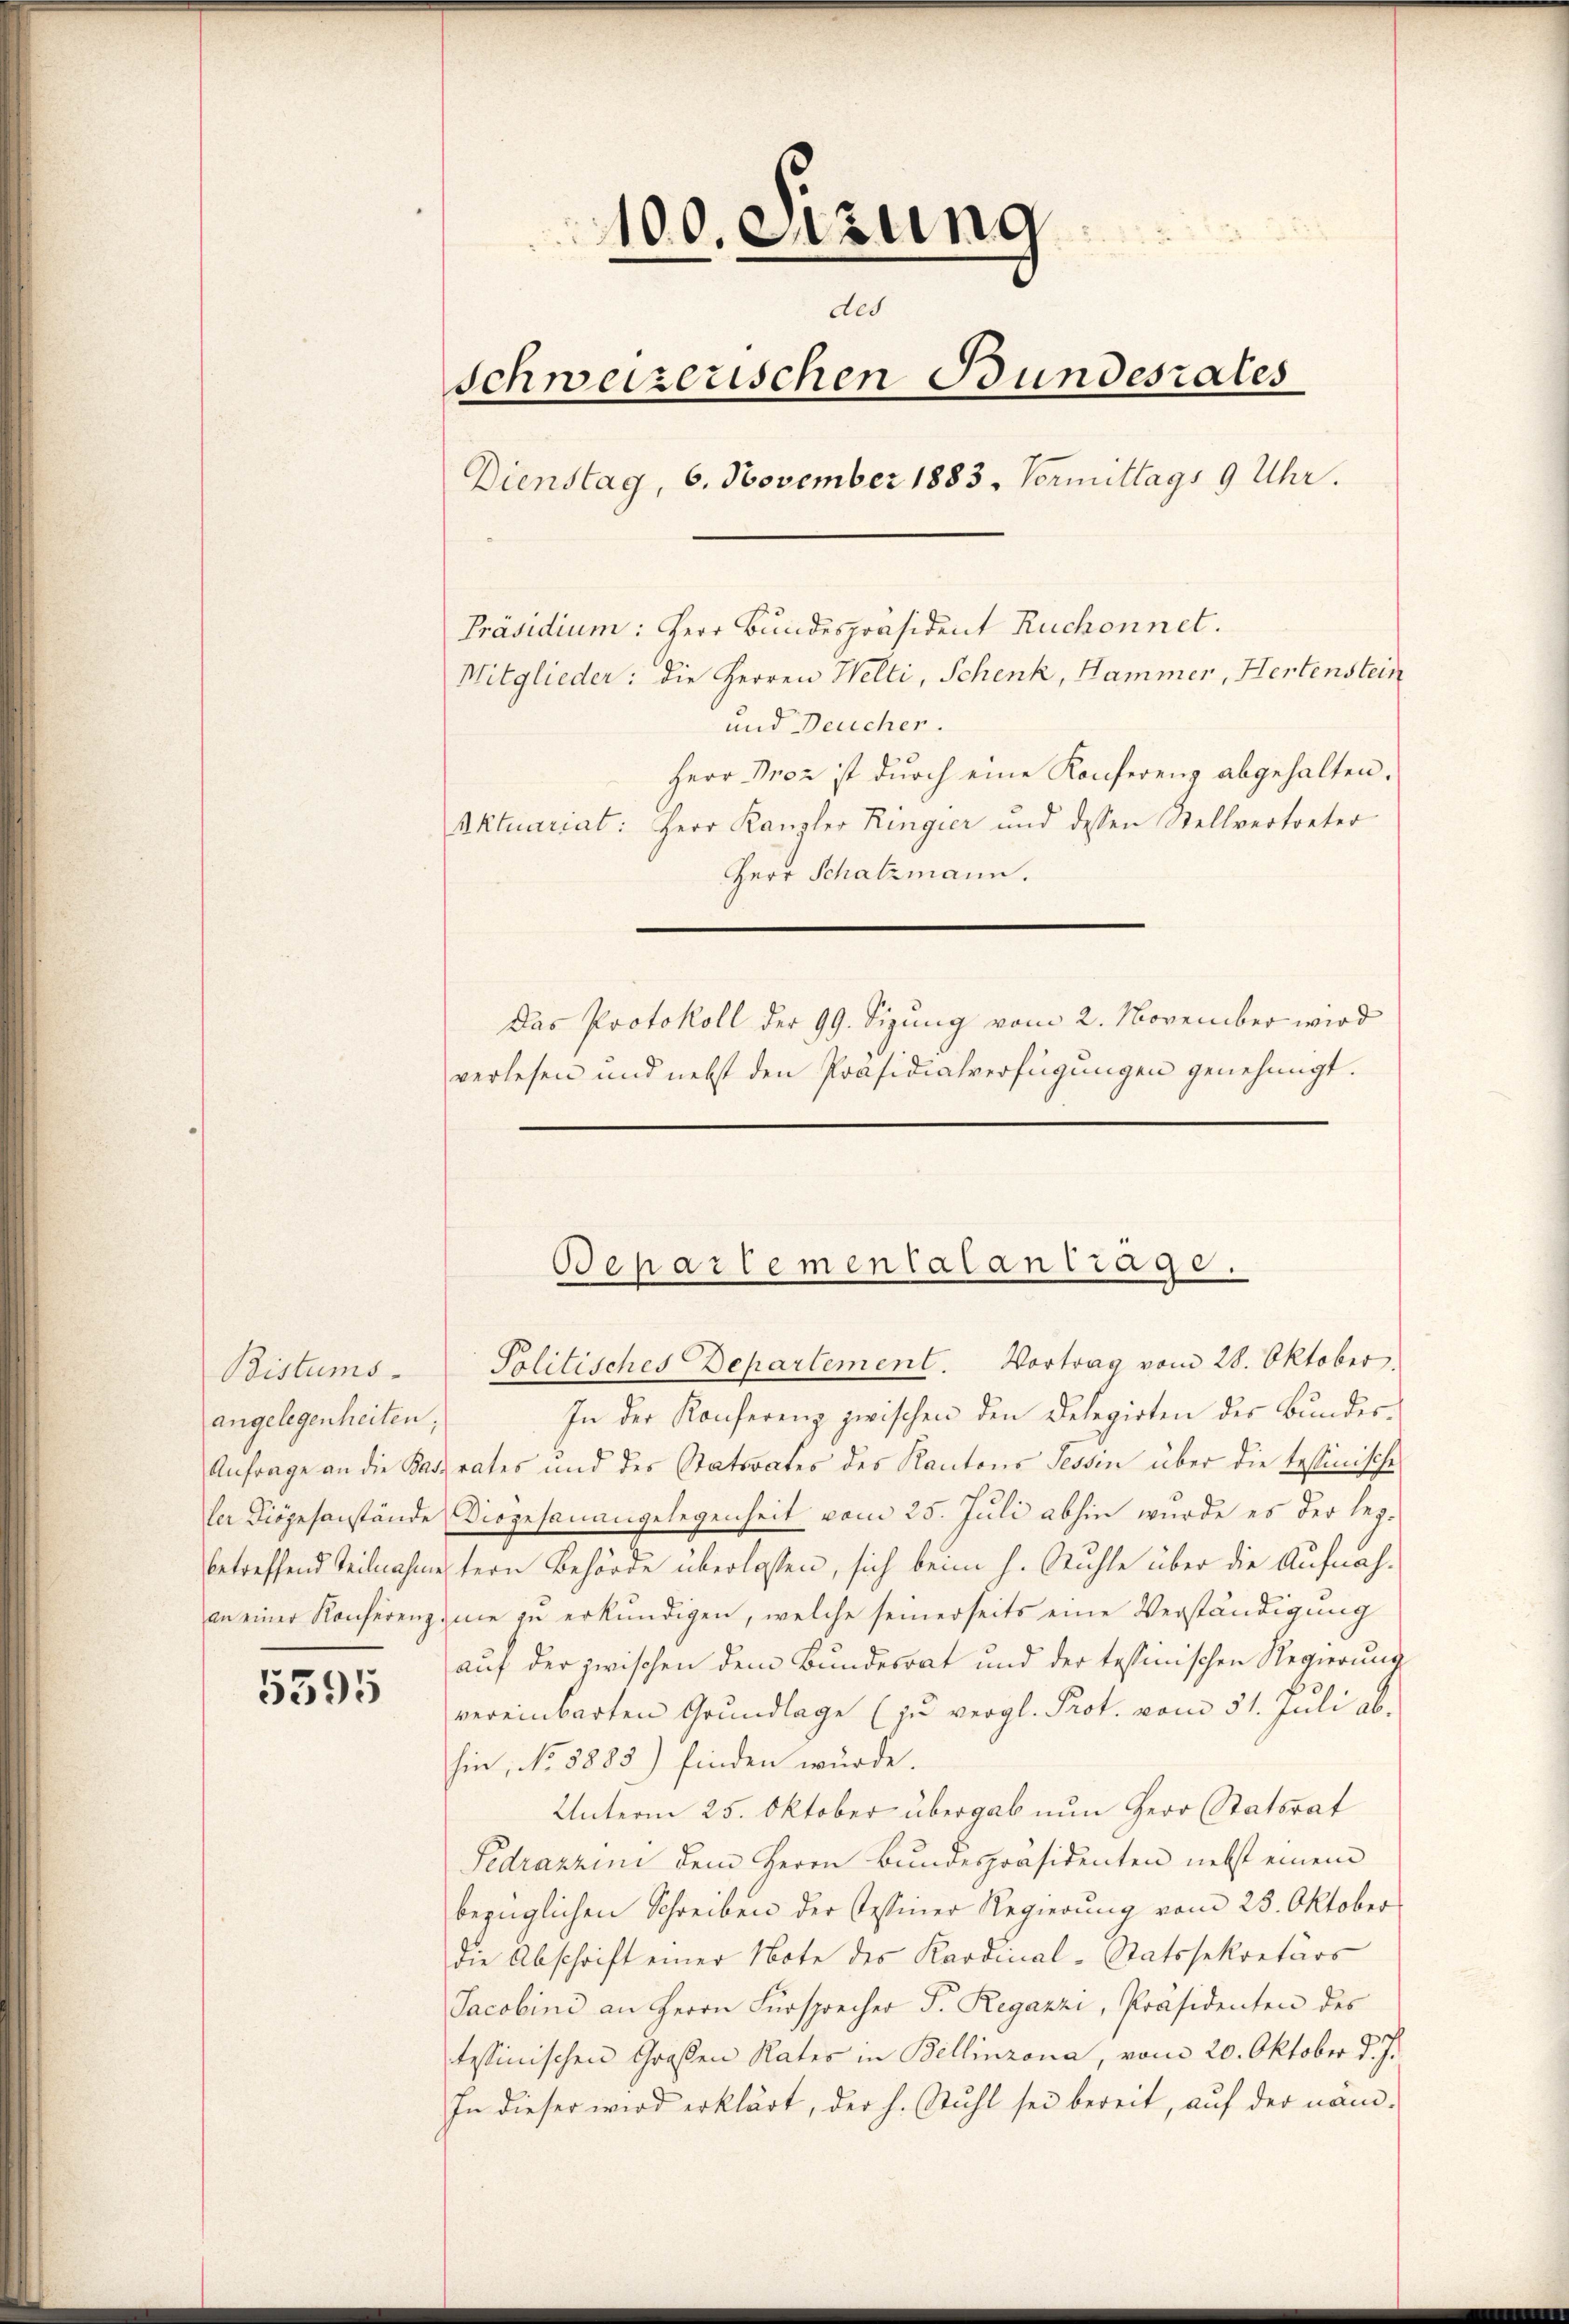
Bistums.
angelegenheiten.

5395

100. Sizung
des
Schweizerischen Bundesrates
Dienstag, 6. November 1883. Vormittags 9 Uhr.
Präsidium: Herr Bundespräsident Ruchonnet.
Mitglieder: die Herren Welti, Schenk, Hammer, Hertenstein
und Deucher.
Herr Boz ist durch eine Konferenz abgehalten.
Aktuariat: Herr Kanzler Ringier und dessen Stellvertreter
Herr Schatzmann.
Das Protokoll der 99. Sizung vom 2. November wird
verlesen und nebst den Präsidialverfügungen genehmigt.

In der Konferenz zwischen den Delegirten des Bundes-
Anfrage an die Sarrates und des Statsrates des Kantons Tessin über die tessinische
ler Diözesanstände Diözesanangelegenheit vom 25. Juli abhin wurde es der legbetreffend Teilnahmestern Behörde überlassen, sich beim h. Ruhle über die Aufnahan einer Konferenzinie zu erkundigen, welche seinerseits eine Verständigung
auf der zwischen dem Bundesrat und der tessinischen Regierung
vereinbarten Grŭndlage (zŭ vergl. Prot. vom 31. Juli ab.
hin, No. 5885) finden würde.
Unterm 25. Oktober übergab nun Herr Statsrat
Fedrazzini dem Herrn Bundespräsidenten nebst einem
bezüglichen Schreiben der Tessiner Regierung vom 28. Oktober
Die Abschrift einer Note des Kardinal-Statssekretärs
Jacobini an Herrn Fürsprecher F. Regazzi, Präsidenten des
tessinischen Großen Rates in Bellinzona, vom 20. Oktober d. J.
In dieser wird erklärt, der h. Stuhl sei bereit, auf der näm-

Departementalantrage.
Politisches Departement. Vortrag vom 28. Oktober.